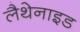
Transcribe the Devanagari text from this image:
लैथेनाइड